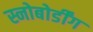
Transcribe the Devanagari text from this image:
स्नोबोर्डींग